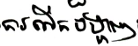
ការលើកបង្ហាញ